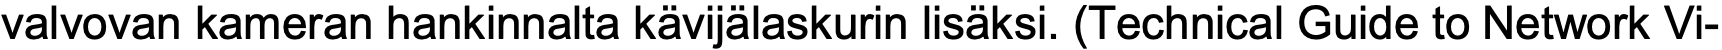
valvovan kameran hankinnalta kävijälaskurin lisäksi. (Technical Guide to Network Vi-